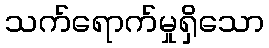
သက်ရောက်မှုရှိသော